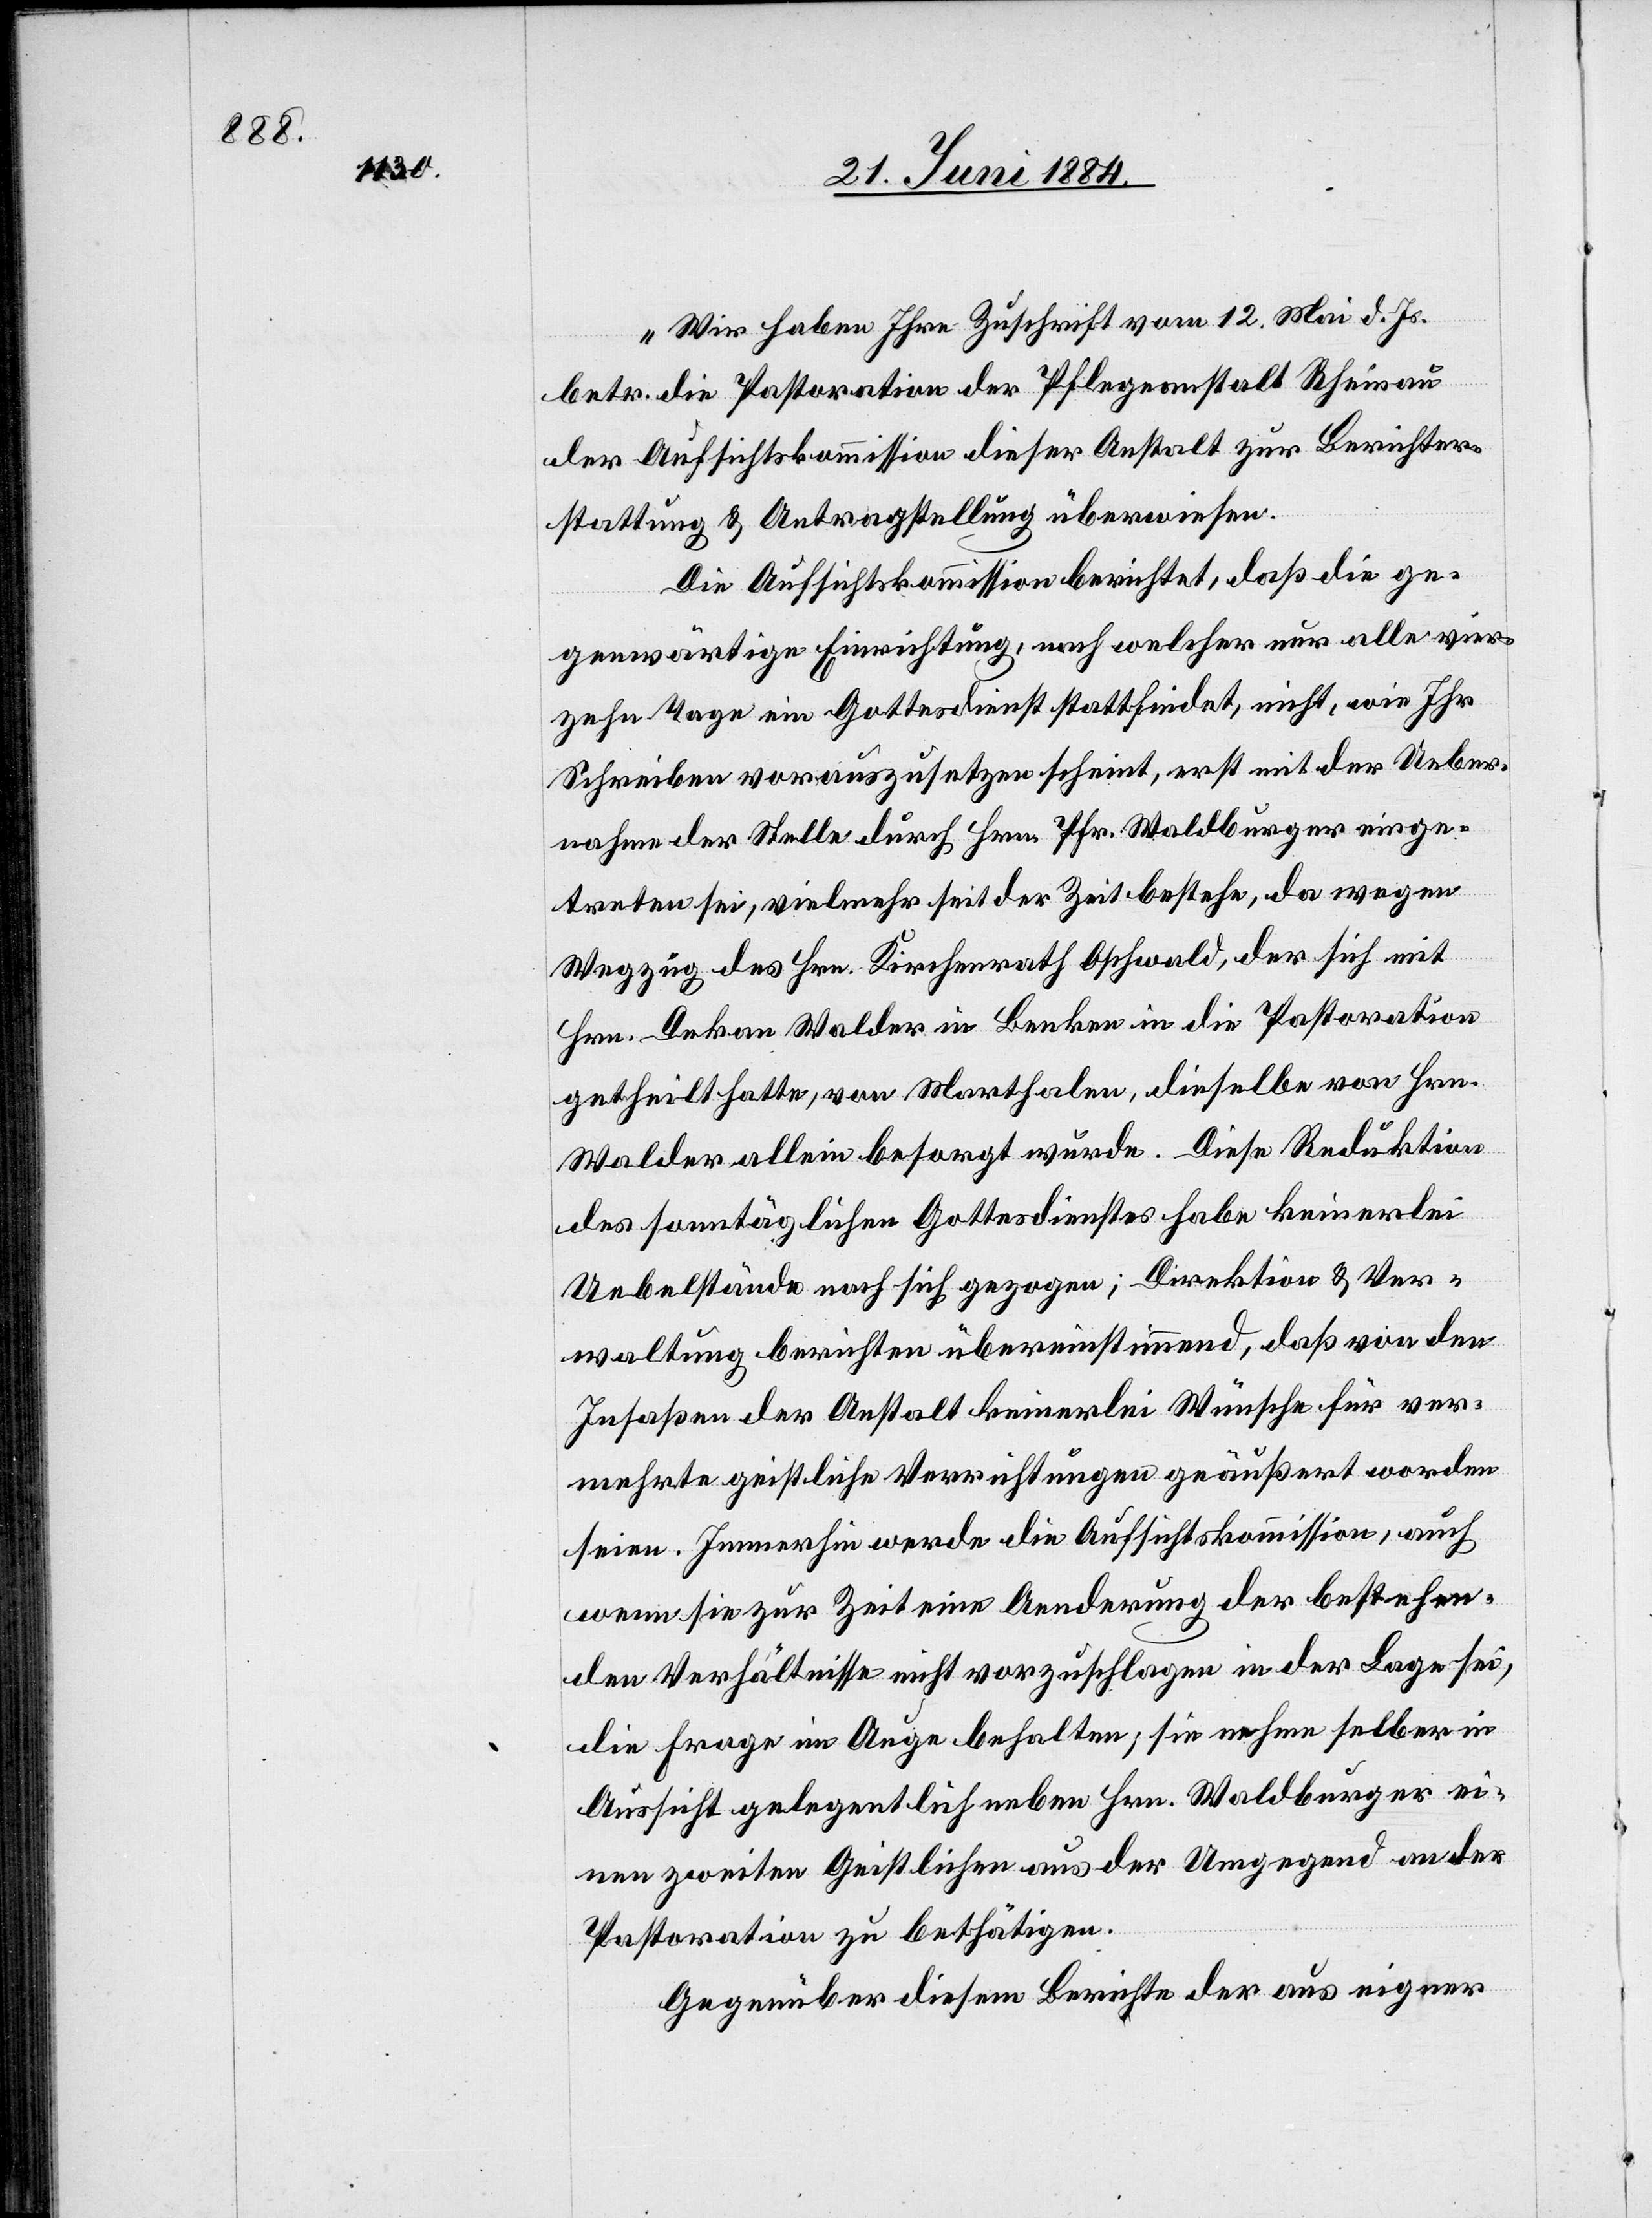
„Wir haben Ihre Zuschrift vom 12. Mai d. Js.
betr. die Pastoration der Pflegeanstalt Rheinau
der Aufsichtskommission dieser Anstalt zur Berichter¬
stattung & Antragstellung überwiesen.
Die Aufsichtskommission berichtet, daß die ge¬
genwärtige Einrichtung, nach welcher nur alle vier¬
zehn Tage ein Gottesdienst stattfindet, nicht, wie Ihr
schreiben vorauszusetzen scheint, erst mit der Ueber¬
nahme der Stelle durch Hrn. Pfr. Waldburger einge¬
treten sei, vielmehr seit der Zeit bestehe, da wegen
Wegzug des Hrn. Kirchenrath Oschwald, der sich mit
Hrn. Dekan Walder in Benken in die Pastoration
getheilt hatte, von Marthalen, dieselbe von Hrn.
Walder allein besorgt wurde. Diese Reduktion
des sonntäglichen Gottesdienstes habe keinerlei
Uebelstände nach sich gezogen; Direktion & Ver¬
waltung berichten übereinstimmend, daß von den
Insaßen der Anstalt keinerlei Wünsche für ver¬
mehrte geistliche Verrichtungen geäußert worden
seien. Immerhin werde die Aufsichtskommission, auch
wenn sie zur Zeit eine Aenderung der bestehen¬
den Verhältnisse nicht vorzuschlagen in der Lage sei,
die Frage im Auge behalten, sie nehme selber in
Aussicht gelegentlich neben Hrn. Waldburger ei¬
nen zweiten Geistlichen aus der Umgegend an der
Pastoration zu bethätigen.
Gegenüber diesem Berichte der aus eigener